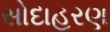
સોદાહરણ